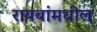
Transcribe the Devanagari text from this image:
रायबांमधील